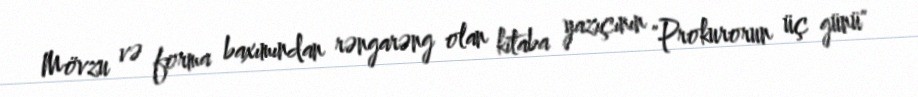
Mövzu və forma baxımından rəngarəng olan kitaba yazıçının "Prokurorun üç günü"